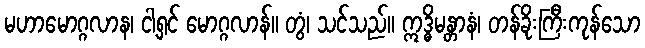
မဟာမောဂ္ဂလာန၊ ငါ့ရှင် မောဂ္ဂလာန်။ တွံ၊ သင်သည်။ ဣဒ္ဓိမန္တာနံ၊ တန်ခိုးကြီးကုန်သော